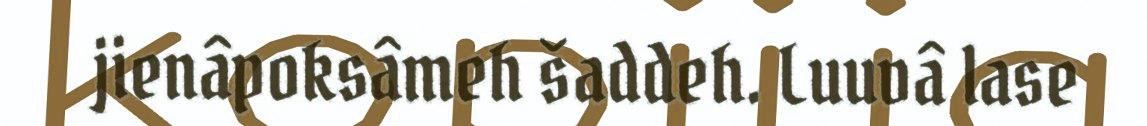
jienâpoksâmeh šaddeh. Luuvâ lase